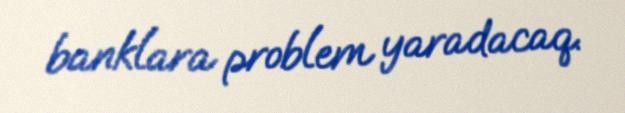
banklara problem yaradacaq.